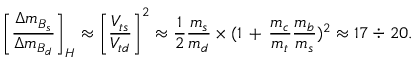
\biggl [ \frac { \Delta m _ { B _ { s } } } { \Delta m _ { B _ { d } } } \biggr ] _ { H } \approx \biggl [ \frac { V _ { t s } } { V _ { t d } } \biggr ] ^ { 2 } \approx \frac { 1 } { 2 } \frac { m _ { s } } { m _ { d } } \times ( 1 \, + \, \frac { m _ { c } } { m _ { t } } \frac { m _ { b } } { m _ { s } } ) ^ { 2 } \approx 1 7 \div 2 0 .